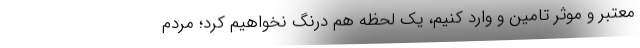
معتبر و موثر تامین و وارد کنیم، یک لحظه هم درنگ نخواهیم کرد؛ مردم